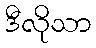
ဒီလိုသာ